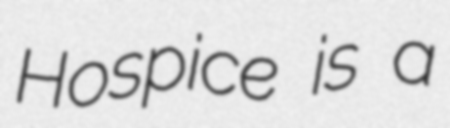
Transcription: Hospice is a